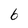
Character: 6